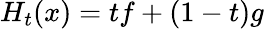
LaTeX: H_{t}(x)=tf+(1-t)g